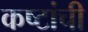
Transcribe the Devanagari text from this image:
कष्टांची